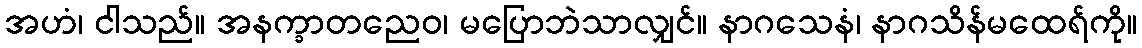
အဟံ၊ ငါသည်။ အနက္ခာတညေဝ၊ မပြောဘဲသာလျှင်။ နာဂသေနံ၊ နာဂသိန်မထေရ်ကို။